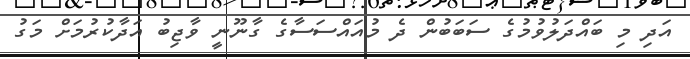
އަދި މި ބައްދަލުވުމުގެ ސަބަބުން ދެ މުއައްސަސާގެ ގާނޫނީ ވާޖިބު އަދާކުރުމަށް މަގު